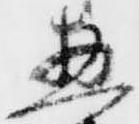
惣